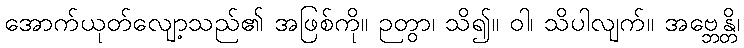
အောက်ယုတ်လျော့သည်၏ အဖြစ်ကို။ ဉတွာ၊ သိ၍။ ဝါ၊ သိပါလျက်။ အဗ္ဘေန္တိ၊